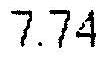
7.74